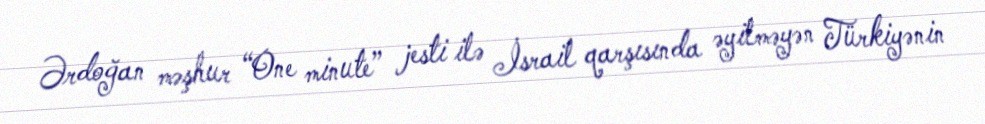
Ərdoğan məşhur “One minute” jesti ilə İsrail qarşısında əyilməyən Türkiyənin